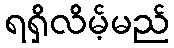
ရရှိလိမ့်မည်